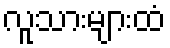
လူသားများထံ